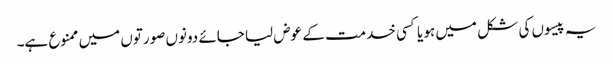
یہ پیسوں کی شکل میں ہو یا کسی خدمت کے عوض لیا جائے دونوں صورتوں میں ممنوع ہے۔